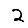
Digit: 2